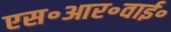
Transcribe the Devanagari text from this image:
एस॰आर॰वाई॰